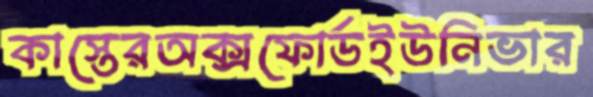
কাস্তেরঅক্সফোর্ডইউনিভার